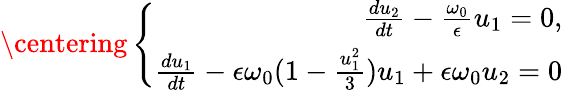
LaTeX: \centering\left\{ \begin{array}{r}{\frac{du_{2}}{dt}-\frac{\omega_{0}}{\epsilon}u_{1}=0,}\\ {\frac{du_{1}}{dt}-\epsilon\omega_{0}(1-\frac{u_{1}^{2}}{3})u_{1}+\epsilon\omega_{0}u_{2}=0}\end{array}\right.